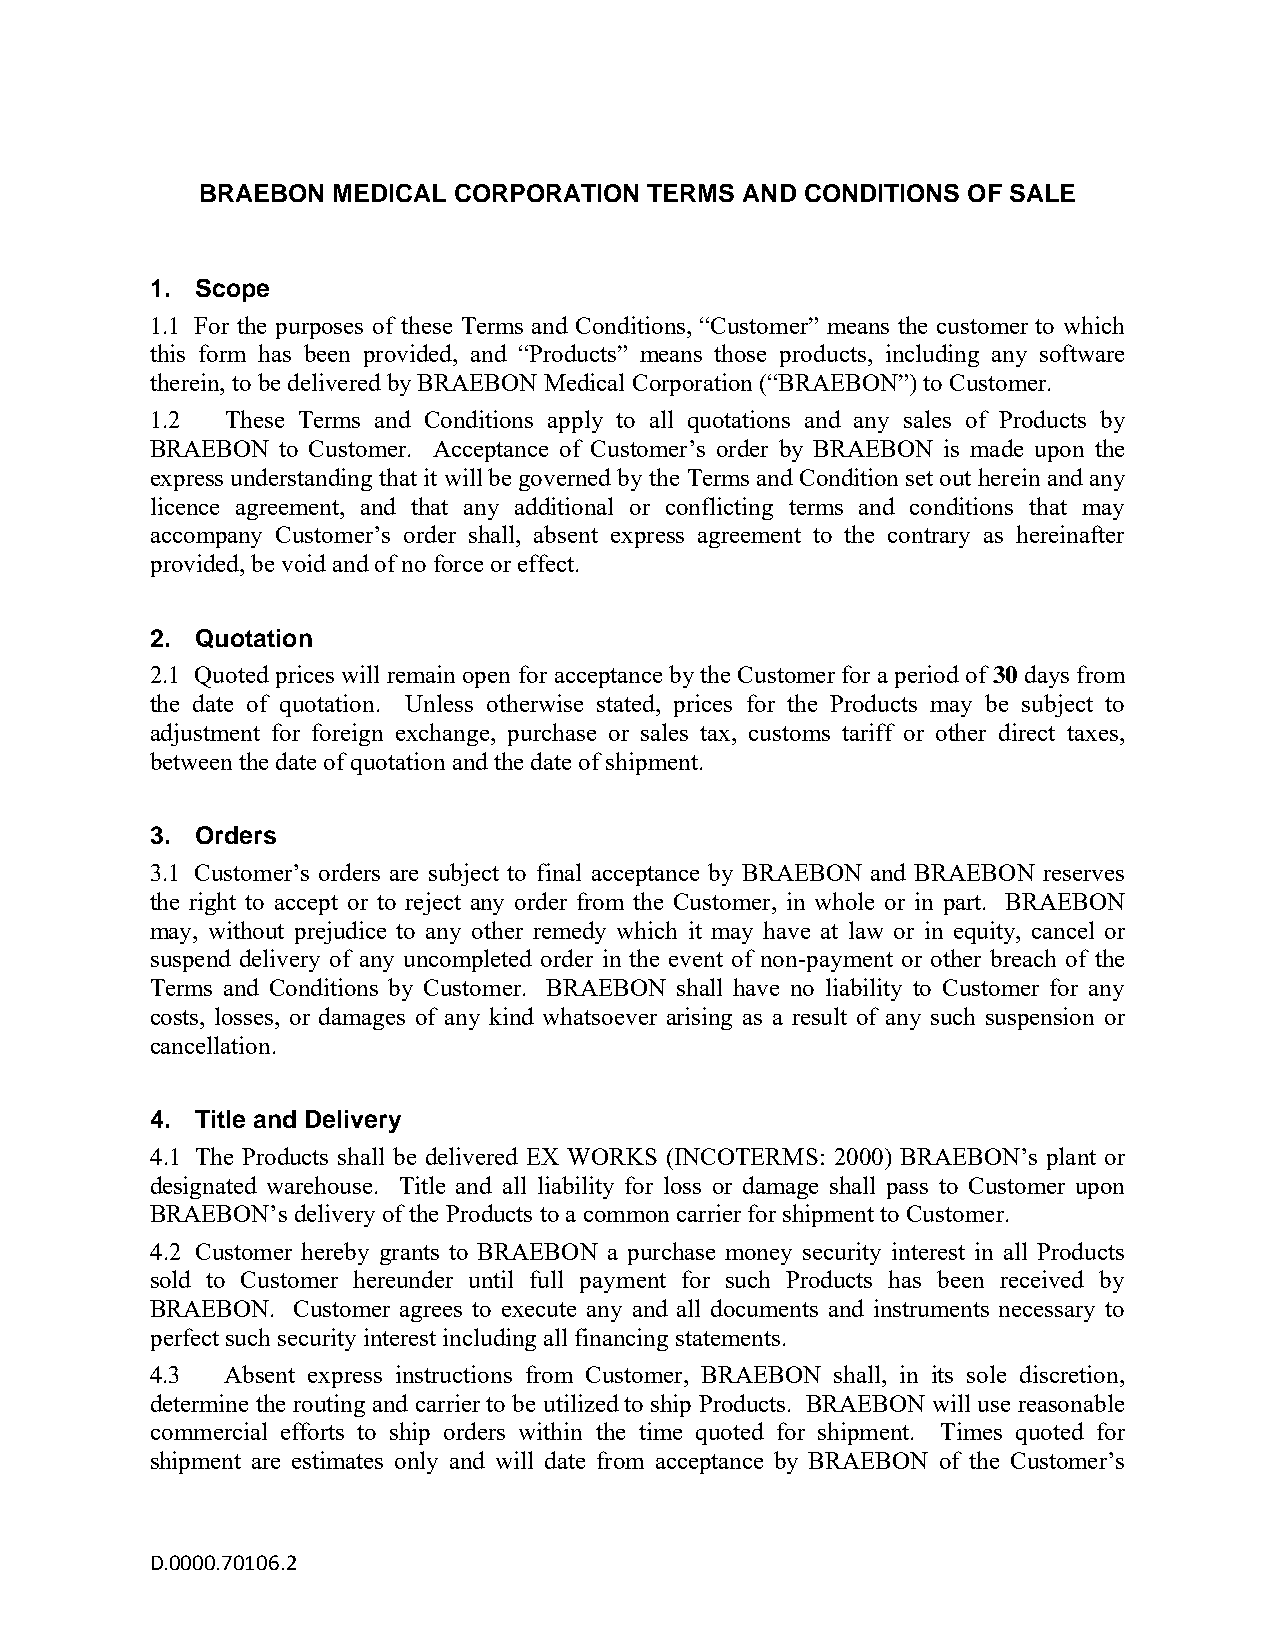
BRAEBON  MEDICAL CORPORATION  TERMS AND CONDITIONS OF SALE
 1. Scope
 1.1 For the purposes of these Terms and Conditions, “Customer” means the customer to which
 this form has been provided, and “Products” means those products, including any software
 therein, to be delivered by BRAEBON Medical Corporation (“BRAEBON”) to Customer.
 1.2  These Terms and Conditions apply to all quotations and any sales of Products by
 BRAEBON  to Customer. Acceptance of Customer’s order by BRAEBON is made upon the
 express understanding that it will be governed by the Terms and Condition set out herein and any
 licence agreement, and that any additional or conflicting terms and conditions that may
 accompany Customer’s order shall, absent express agreement to the contrary as hereinafter
 provided, be void and of no force or effect.
 2. Quotation
 2.1 Quoted prices will remain open for acceptance by the Customer for a period of 30 days from
 the date of quotation. Unless otherwise stated, prices for the Products may be subject to
 adjustment for foreign exchange, purchase or sales tax, customs tariff or other direct taxes,
 between the date of quotation and the date of shipment.
 3. Orders
 3.1 Customer’s orders are subject to final acceptance by BRAEBON and BRAEBON reserves
 the right to accept or to reject any order from the Customer, in whole or in part. BRAEBON
 may, without prejudice to any other remedy which it may have at law or in equity, cancel or
 suspend delivery of any uncompleted order in the event of non-payment or other breach of the
 Terms and Conditions by Customer. BRAEBON shall have no liability to Customer for any
 costs, losses, or damages of any kind whatsoever arising as a result of any such suspension or
 cancellation.
 4. Title and Delivery
 4.1 The Products shall be delivered EX WORKS (INCOTERMS: 2000) BRAEBON’s plant or
 designated warehouse. Title and all liability for loss or damage shall pass to Customer upon
 BRAEBON’s delivery of the Products to a common carrier for shipment to Customer.
 4.2 Customer hereby grants to BRAEBON a purchase money security interest in all Products
 sold to Customer hereunder until full payment for such Products has been received by
 BRAEBON. Customer agrees to execute any and all documents and instruments necessary to
 perfect such security interest including all financing statements.
 4.3  Absent express instructions from Customer, BRAEBON shall, in its sole discretion,
 determine the routing and carrier to be utilized to ship Products. BRAEBON will use reasonable
 commercial efforts to ship orders within the time quoted for shipment. Times quoted for
 shipment are estimates only and will date from acceptance by BRAEBON of the Customer’s
 D.0000.70106.2